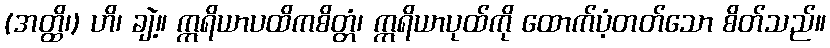
(အတ္ထိ၊) ဟိ၊ ချဲ့။ ဣရိယာပထိကစိတ္တံ၊ ဣရိယာပုထ်ကို ထောက်ပံ့တတ်သော စိတ်သည်။